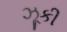
ઝૂકી